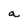
Character: a